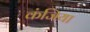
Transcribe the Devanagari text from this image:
कंजिया